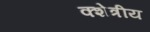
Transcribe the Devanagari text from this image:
क्शेत्रीय